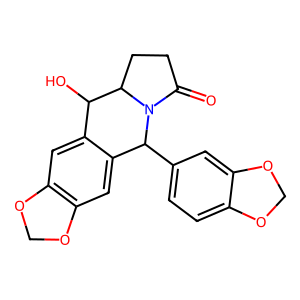
SMILES: O=C1CCC2C(O)c3cc4c(cc3C(c3ccc5c(c3)OCO5)N12)OCO4
Inhibits HIV replication: No